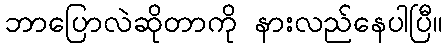
ဘာပြောလဲဆိုတာကို နားလည်နေပါပြီ။